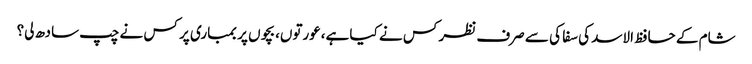
شام کے حافظ الاسد کی سفا کی سے صرف نظر کس نے کیا ہے،عورتوں، بچوں پر بمباری پر کس نے چپ سادھ لی؟